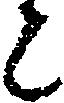
と